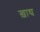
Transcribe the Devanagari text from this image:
ख़ाद्य